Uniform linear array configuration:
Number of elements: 4
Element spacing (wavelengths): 0.25
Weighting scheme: hann
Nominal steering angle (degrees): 30
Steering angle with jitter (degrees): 29.199
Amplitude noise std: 0.05
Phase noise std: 0.05

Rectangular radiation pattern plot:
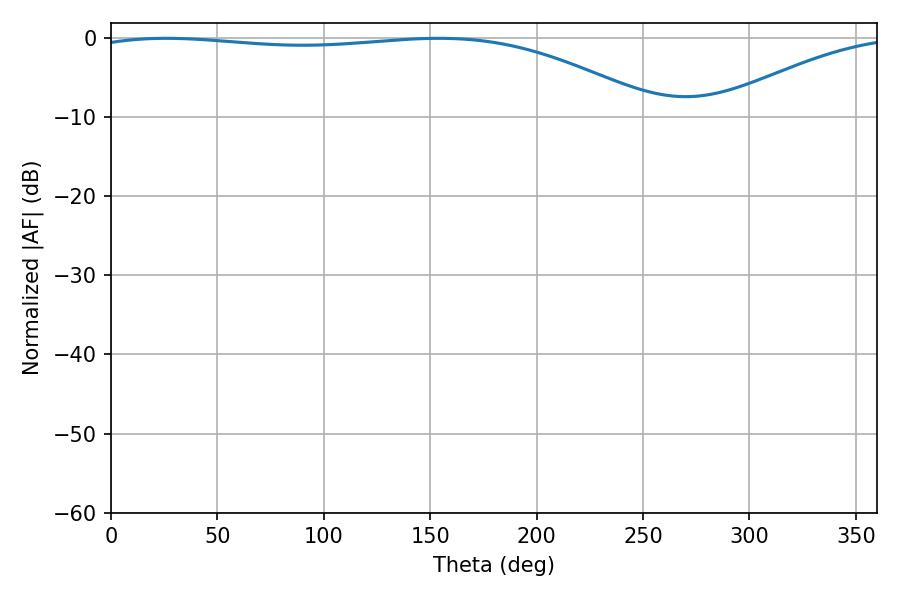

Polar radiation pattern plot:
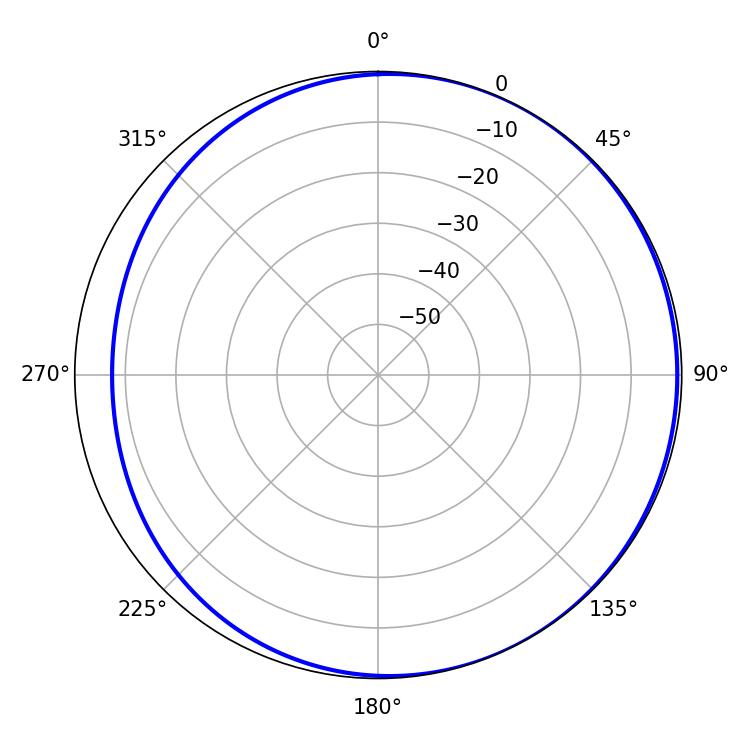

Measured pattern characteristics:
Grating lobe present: FALSE
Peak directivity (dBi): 2.478
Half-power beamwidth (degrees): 214.2
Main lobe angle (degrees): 25.92